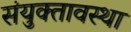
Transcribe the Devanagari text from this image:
संयुक्तावस्था